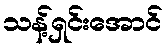
သန့်ရှင်းအောင်